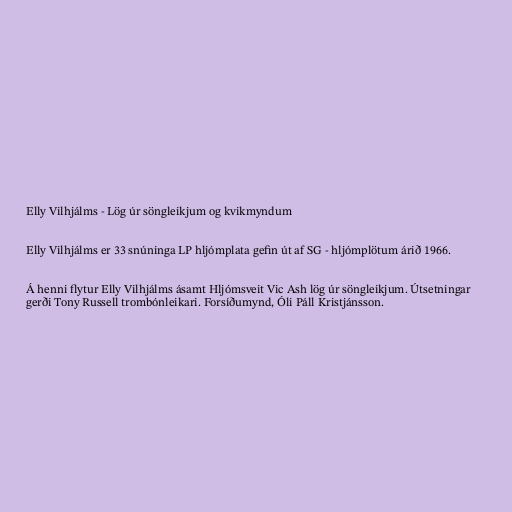
Elly Vilhjálms - Lög úr söngleikjum og kvikmyndum

Elly Vilhjálms er 33 snúninga LP hljómplata gefin út af SG - hljómplötum árið 1966.

Á henni flytur Elly Vilhjálms ásamt Hljómsveit Vic Ash lög úr söngleikjum. Útsetningar
gerði Tony Russell trombónleikari. Forsíðumynd, Óli Páll Kristjánsson.